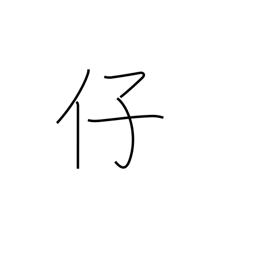
Meaning: fine